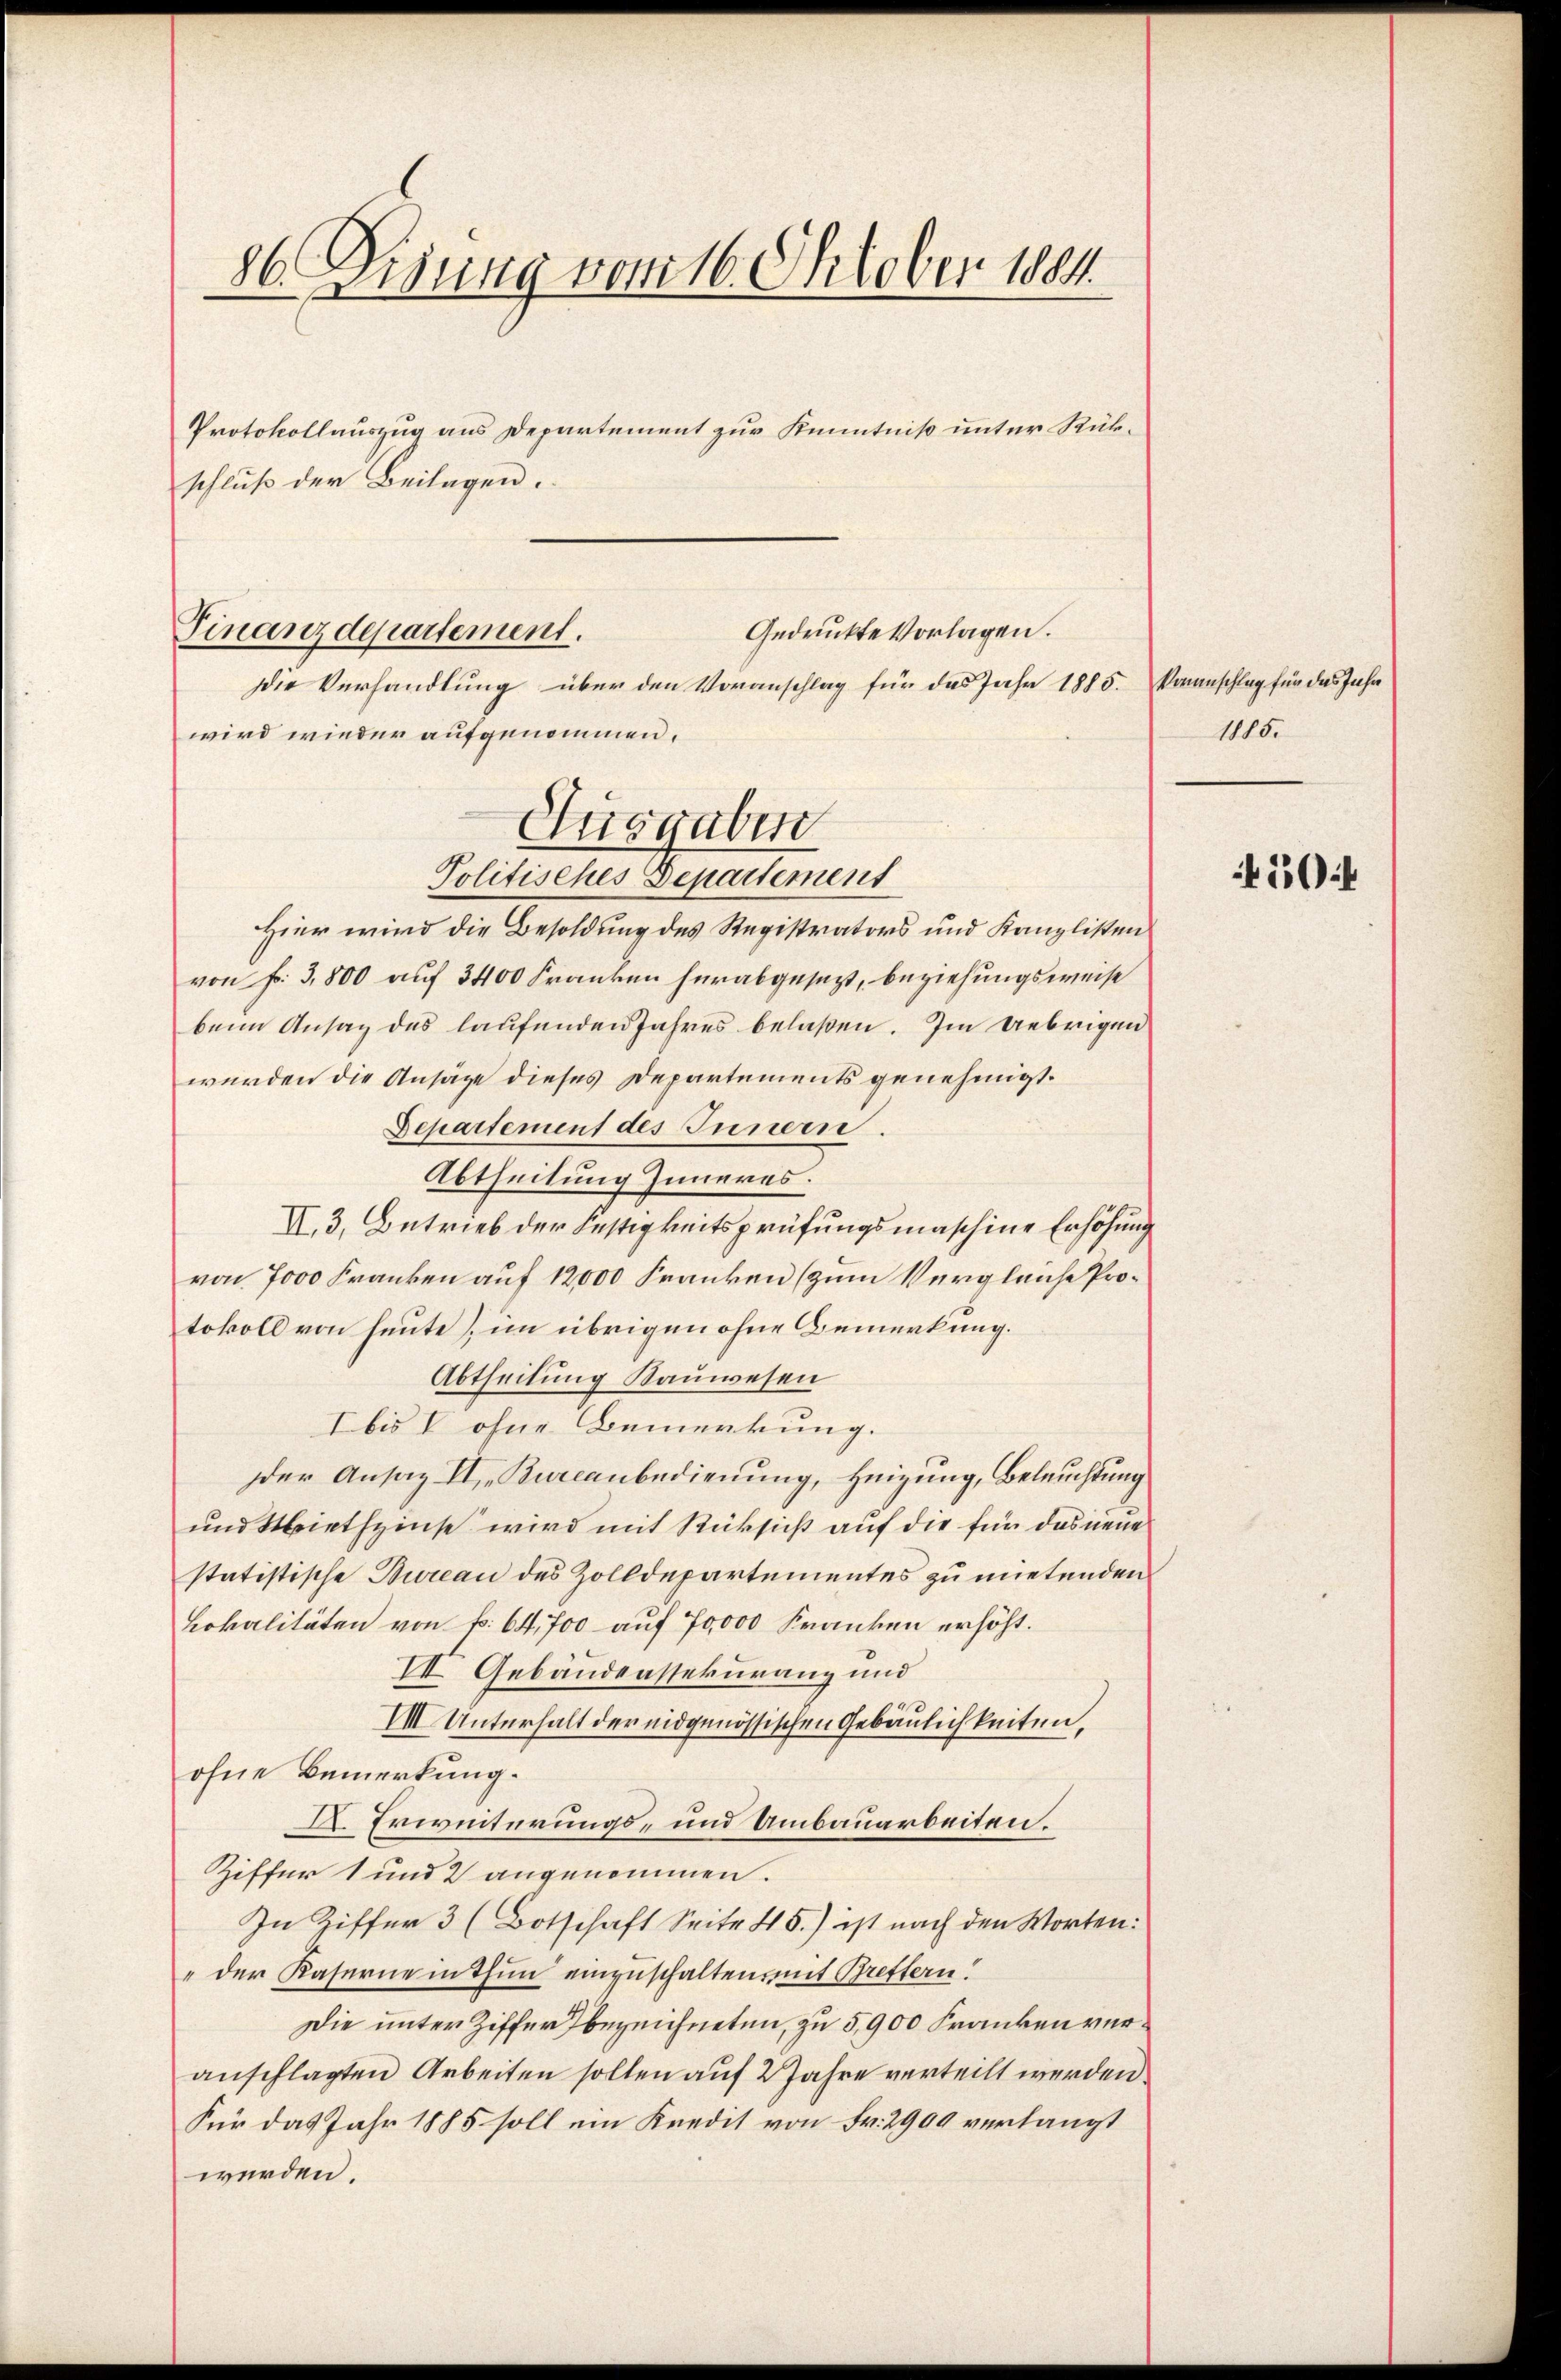
86. Disung vom 16. Oktober 1884

Finanzdepartement.

schluß der Beilagen.
Gedruckte Vorlagen.
Die Verhandlung über den Voranschlag für das Jahr 1885. Voranschlag für das Jahr
wird wieder aufgenommen.
Hier wird die Besoldung des Registrators und Kanzlisten
von Fr. 3,800 auf 3400 Franken herabgesezt, beziehungsweise
beim Ansag des laufenden Jahres belaßen. Im Uebrigen
werden die Ansätze dieses Departements genehmigt.
Departement des Innern.
Abtheilung Inneres.
II.3. Betrieb der Festigkeitsprüfungsmaschine Erhöhung
von 7000 Franken auf 12000 Franken (zum Vergleiche Protokoll von heute), im übrigen ohne Bemerkung.
Abtheilung Rauwesen
Ibis V ohne Bemerkung.
Der Ansatz II, Burcanbedienung, Heizung, Beleuchtung
und Miethzinse wird mit Rücksicht auf die für das neue
statistische Bureau des Zolldepartementes zu mietenden
Lokalitäten von f. 64,700 auf 70,000 Franken erhöht.
VI Gebäudenssekuranz und
III Unterhalt der eidgenössischen Gebäulichkeiten,
ohne Bemerkung.
A. Erweiterungs- und Umbauarbeiten.
Ziffer 1 und 2 angenommen.
In Ziffer 3 (Botschaft Seite 45.) ist nach den Worten:
" der Kaserne in Thun einzuschalten, mit Breffern!
Die unter Ziffer bezeichneten, zu 5,900 Franken veranschlagten Arbeiten sollen auf 2 Jahre verteilt werden.
Für das Jahr 1885 soll ein Kredit von Fr. 2900 verlangt
werden.

Protokollauszug aus Departement zur Kenntniß unter Rük¬

Ausgaben.
Politisches Departement

1185.

50